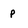
Character: p